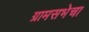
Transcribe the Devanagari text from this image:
ग्रामसभेचा